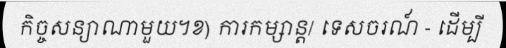
កិច្ចសន្យាណាមួយ។ខ) ការកម្សាន្ត/ ទេសចរណ៍ - ដើម្បី